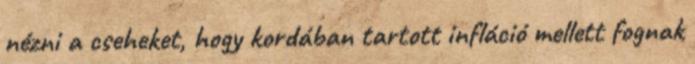
nézni a cseheket, hogy kordában tartott infláció mellett fognak